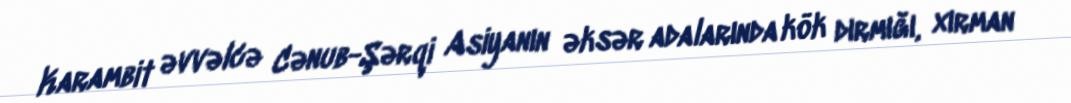
Karambit əvvəlcə Cənub-Şərqi Asiyanın əksər adalarında kök dırmığı, xırman